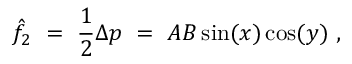
\hat { f } _ { 2 } \ = \ \frac 1 2 \Delta p \ = \ A B \sin ( x ) \cos ( y ) ~ ,